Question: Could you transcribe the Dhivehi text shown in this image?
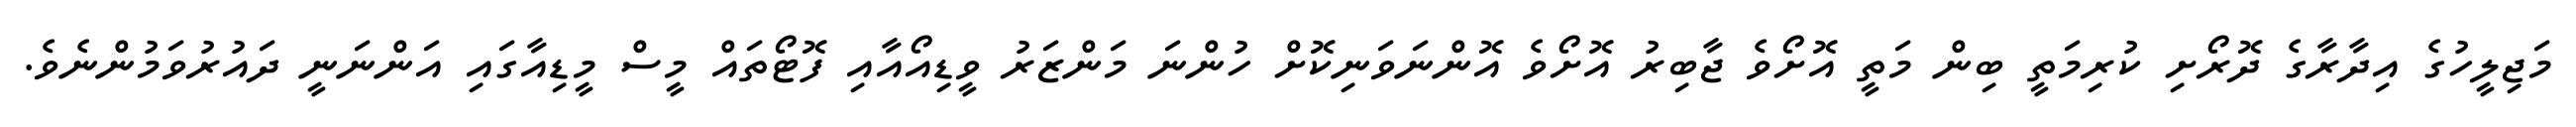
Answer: މަޖިލީހުގެ އިދާރާގެ ދޮރޯށި ކުރިމަތީ ބިން މަތީ އޮށޯވެ ޖާބިރު އޮށޯވެ އޮންނަވަނިކޮށް ހުންނަ މަންޒަރު ވީޑިއޯއާއި ފޮޓޯތައް މީސް މީޑިއާގައި އަންނަނީ ދައުރުވަމުންނެވެ.